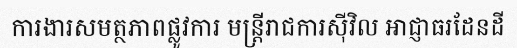
ការងារសមត្ថភាពផ្លូវការ មន្ត្រីរាជការស៊ីវិល អាជ្ញាធរដែនដី